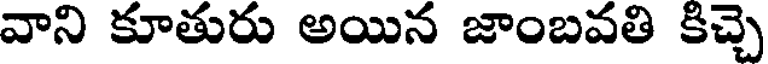
వాని కూతురు అయిన జాంబవతి కిచ్చె